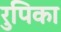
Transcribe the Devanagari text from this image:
रुपिका